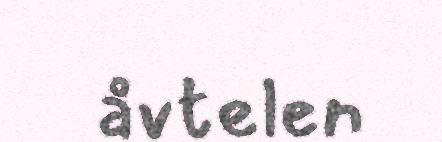
åvtelen